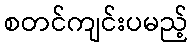
စတင်ကျင်းပမည့်